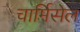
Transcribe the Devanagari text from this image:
चार्मिसेल